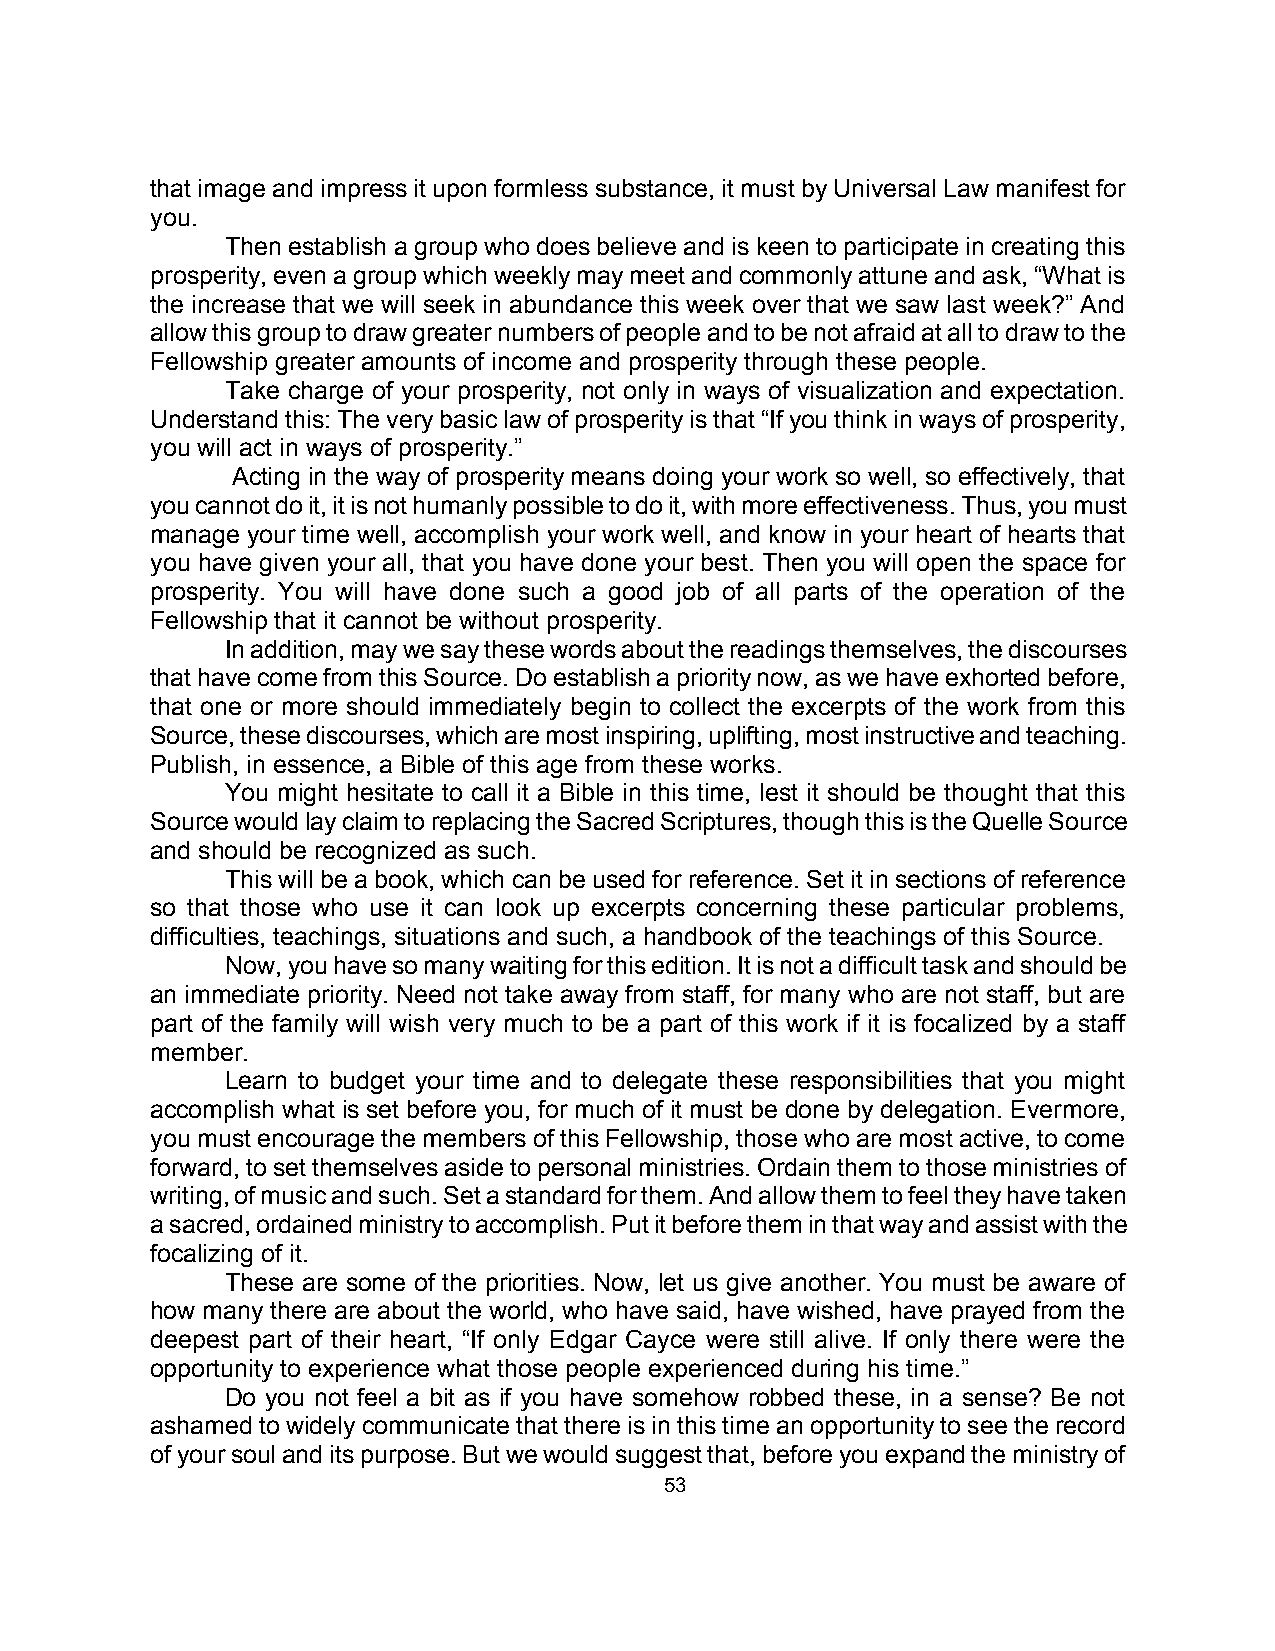
that image and impress it upon formless substance, it must by Universal Law manifest for
 you.
 Then establish a group who does believe and is keen to participate in creating this
 prosperity, even a group which weekly may meet and commonly attune and ask, “What is
 the increase that we will seek in abundance this week over that we saw last week?” And
 allow this group to draw greater numbers of people and to be not afraid at all to draw to the
 Fellowship greater amounts of income and prosperity through these people.
 Take charge of your prosperity, not only in ways of visualization and expectation.
 Understand this: The very basic law of prosperity is that “If you think in ways of prosperity,
 you will act in ways of prosperity.”
 Acting in the way of prosperity means doing your work so well, so effectively, that
 you cannot do it, it is not humanly possible to do it, with more effectiveness. Thus, you must
 manage your time well, accomplish your work well, and know in your heart of hearts that
 you have given your all, that you have done your best. Then you will open the space for
 prosperity. You will have done such a good job of all parts of the operation of the
 Fellowship that it cannot be without prosperity.
 In addition, may we say these words about the readings themselves, the discourses
 that have come from this Source. Do establish a priority now, as we have exhorted before,
 that one or more should immediately begin to collect the excerpts of the work from this
 Source, these discourses, which are most inspiring, uplifting, most instructive and teaching.
 Publish, in essence, a Bible of this age from these works.
 You might hesitate to call it a Bible in this time, lest it should be thought that this
 Source would lay claim to replacing the Sacred Scriptures, though this is the Quelle Source
 and should be recognized as such.
 This will be a book, which can be used for reference. Set it in sections of reference
 so that those who use it can look up excerpts concerning these particular problems,
 difficulties, teachings, situations and such, a handbook of the teachings of this Source.
 Now, you have so many waiting for this edition. It is not a difficult task and should be
 an immediate priority. Need not take away from staff, for many who are not staff, but are
 part of the family will wish very much to be a part of this work if it is focalized by a staff
 member.
 Learn to budget your time and to delegate these responsibilities that you might
 accomplish what is set before you, for much of it must be done by delegation. Evermore,
 you must encourage the members of this Fellowship, those who are most active, to come
 forward, to set themselves aside to personal ministries. Ordain them to those ministries of
 writing, of music and such. Set a standard for them. And allow them to feel they have taken
 a sacred, ordained ministry to accomplish. Put it before them in that way and assist with the
 focalizing of it.
 These are some of the priorities. Now, let us give another. You must be aware of
 how many there are about the world, who have said, have wished, have prayed from the
 deepest part of their heart, “If only Edgar Cayce were still alive. If only there were the
 opportunity to experience what those people experienced during his time.”
 Do you not feel a bit as if you have somehow robbed these, in a sense? Be not
 ashamed to widely communicate that there is in this time an opportunity to see the record
 of your soul and its purpose. But we would suggest that, before you expand the ministry of
 53